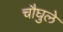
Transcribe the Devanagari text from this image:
चौघुले